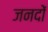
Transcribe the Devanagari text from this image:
जनदों